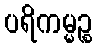
ပရိကမ္မဉ္စ